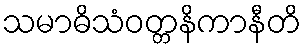
သမာဓိသံဝတ္တနိကာနီတိ